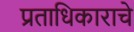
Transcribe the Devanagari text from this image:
प्रताधिकाराचे